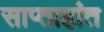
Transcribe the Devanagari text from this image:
साप्ताहांत